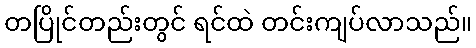
တပြိုင်တည်းတွင် ရင်ထဲ တင်းကျပ်လာသည်။